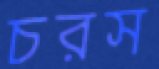
চরস